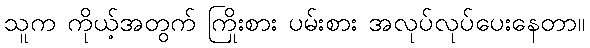
သူက ကိုယ့်အတွက် ကြိုးစား ပမ်းစား အလုပ်လုပ်ပေးနေတာ။